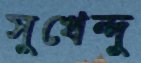
সুখেন্দু